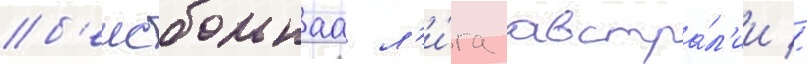
б'еисбольнаа л'и́га австра́л'ии //